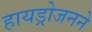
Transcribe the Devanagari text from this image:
हायड्रोजनने